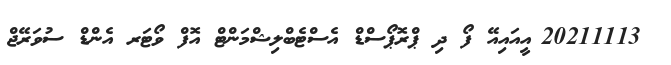
_ 20211113_އީއައިއޭ ފޯ ދި ޕްރޮޕޯސްޑް އެސްޓެބްލިޝްމަންޓް އޮފް ވޯޓަރ އެންޑް ސުވަރޭޖް